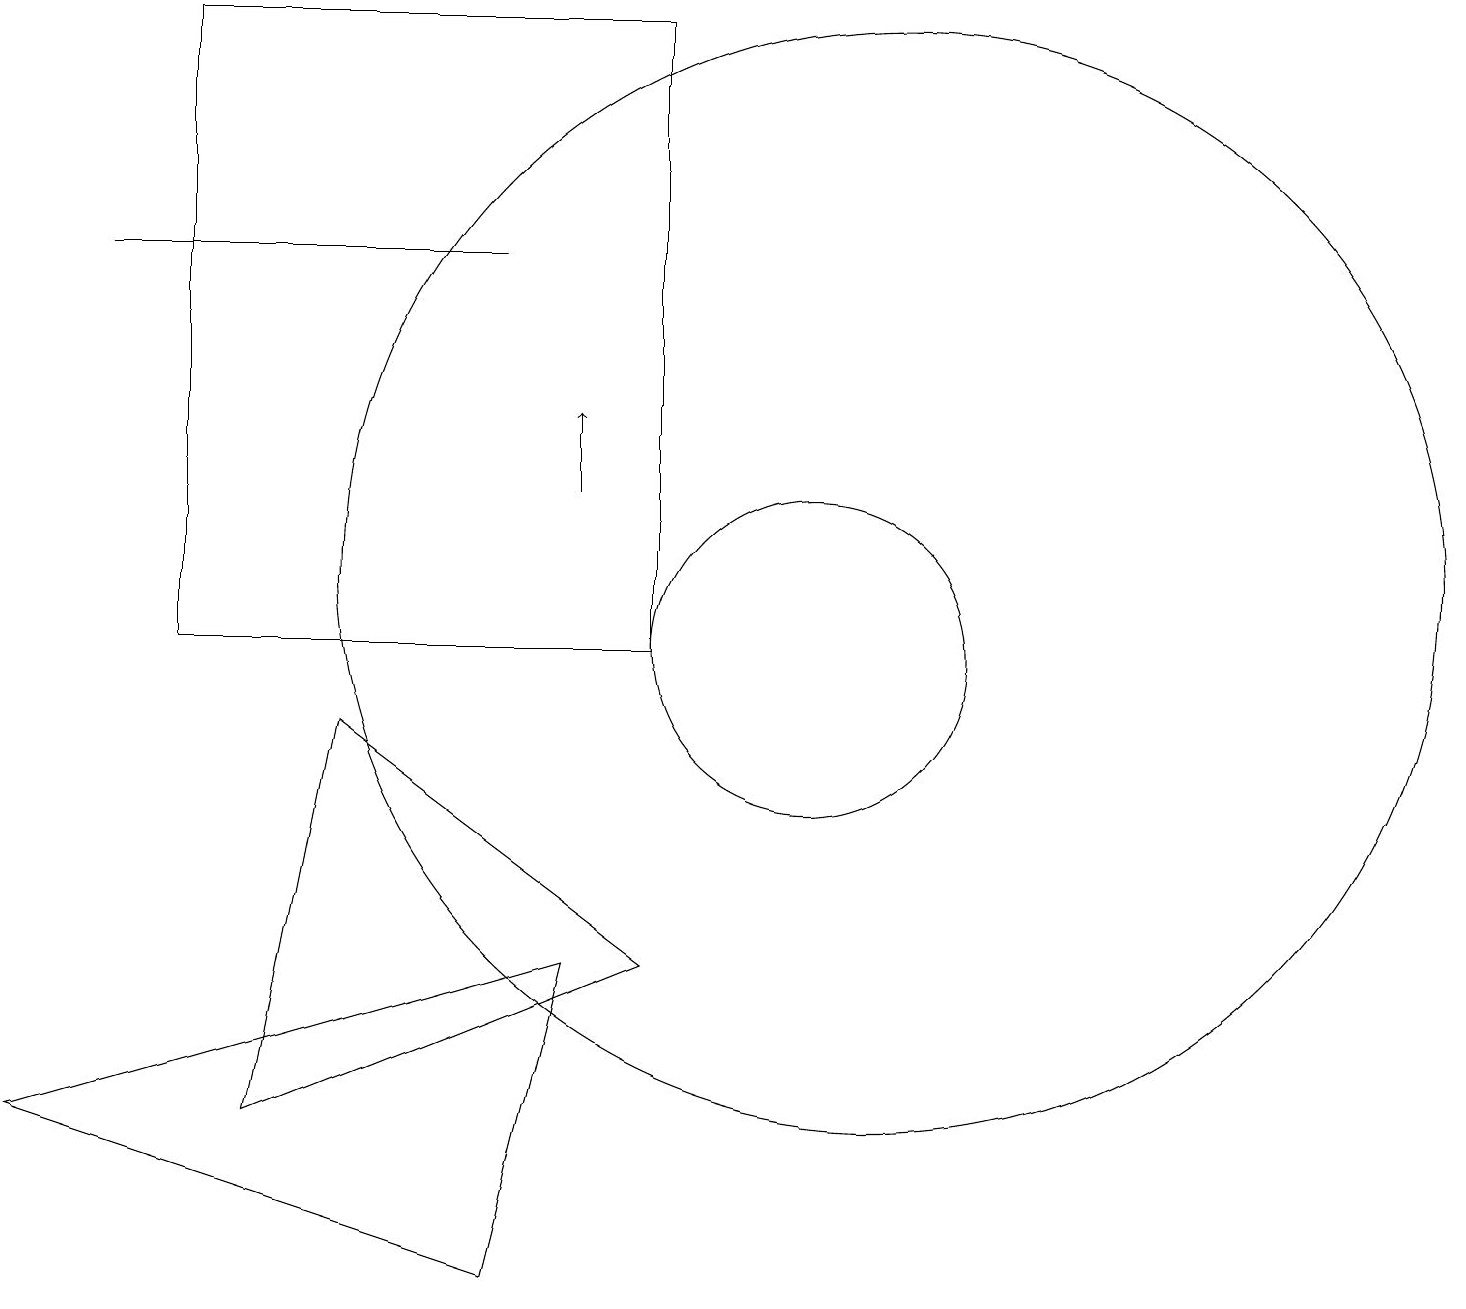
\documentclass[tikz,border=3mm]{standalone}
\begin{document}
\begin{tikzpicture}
\draw (10,10) circle (2);
\draw (8,18) rectangle (2,10);
\draw (11,11) circle (7);
\draw[->] (7,12) -- (7,13);
\draw (6,15) rectangle (1,15);
\draw (7,6) -- (6,2) -- (0,4) -- cycle;
\draw (8,6) -- (3,4) -- (4,9) -- cycle;
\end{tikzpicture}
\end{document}